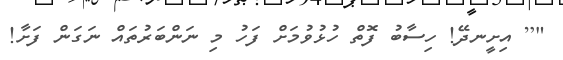
"[ އިށީނދޭ! ހިސާބު ފޮތް ހުޅުވުމަށް ފަހު މި ނަންބަރުތައް ނަގަން ފަށާ!